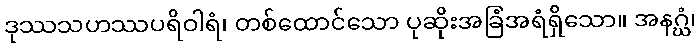
ဒုဿသဟဿပရိဝါရံ၊ တစ်ထောင်သော ပုဆိုးအခြံအရံရှိသော။ အနဂ္ဃံ၊